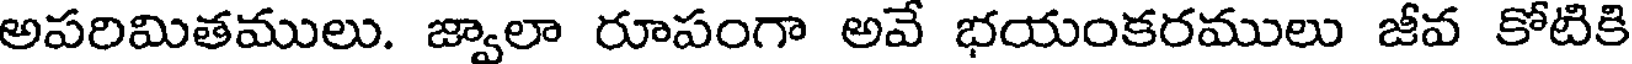
అపరిమితములు. జ్వాలా రూపంగా అవే భయంకరములు జీవ కోటికి